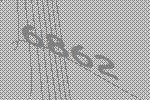
6862